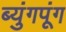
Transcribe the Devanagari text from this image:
ब्युंगपूंग